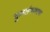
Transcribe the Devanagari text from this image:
चुललंगकरण